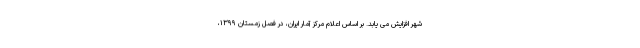
شهر افزایش می یابد. بر اساس اعلام مرکز آمار ایران، در فصل زمستان ١٣٩٩،